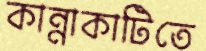
কান্নাকাটিতে